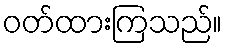
ဝတ်ထားကြသည်။